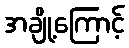
အချို့ကြောင့်